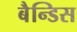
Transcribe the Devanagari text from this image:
बैन्डिस